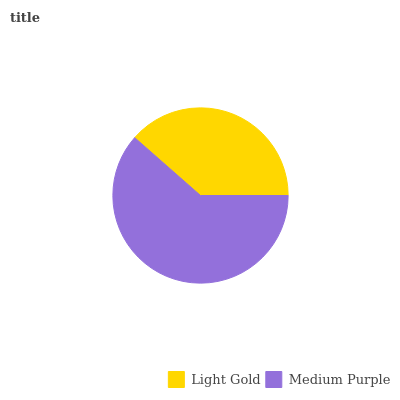
| Light Gold | Medium Purple |
 | --- | --- |
 | 38.5% | 61.5% |